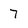
Character: 7